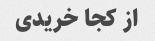
از کجا خریدی